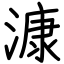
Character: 漮